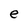
Character: e